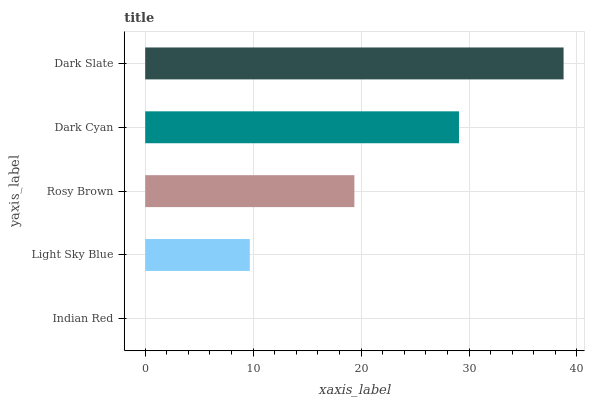
| yaxis_label | bars |
 | --- | --- |
 | Indian Red | 0 |
 | Light Sky Blue | 9.69 |
 | Rosy Brown | 19.4 |
 | Dark Cyan | 29.1 |
 | Dark Slate | 38.8 |